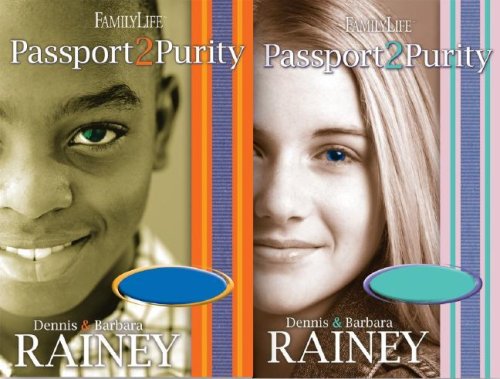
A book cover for Passport2Purity (Book & CD Set); Dennis Rainey; Christian Books & Bibles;